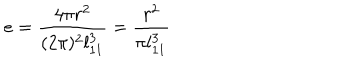
LaTeX: e = \frac { 4 \pi r ^ { 2 } } { ( 2 \pi ) ^ { 2 } l _ { 1 1 } ^ { 3 } } = \frac { r ^ { 2 } } { \pi l _ { 1 1 } ^ { 3 } }